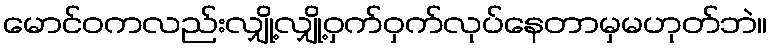
မောင်ဝကလည်းလျှို့လျှို့ဝှက်ဝှက်လုပ်နေတာမှမဟုတ်ဘဲ။